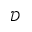
\mathscr { D }